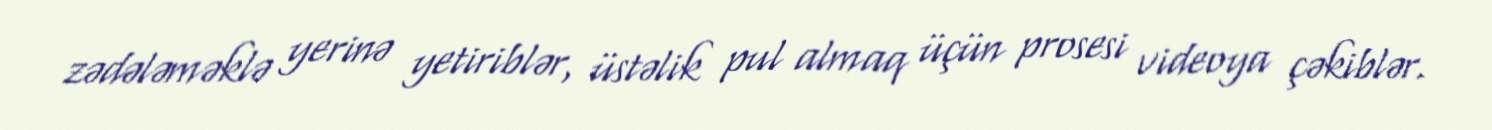
zədələməklə yerinə yetiriblər, üstəlik pul almaq üçün prosesi videoya çəkiblər.